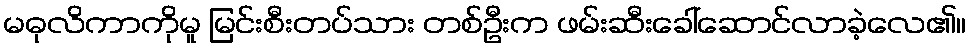
မဓုလိကာကိုမူ မြင်းစီးတပ်သား တစ်ဦးက ဖမ်းဆီးခေါ်ဆောင်လာခဲ့လေ၏။